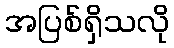
အပြစ်ရှိသလို